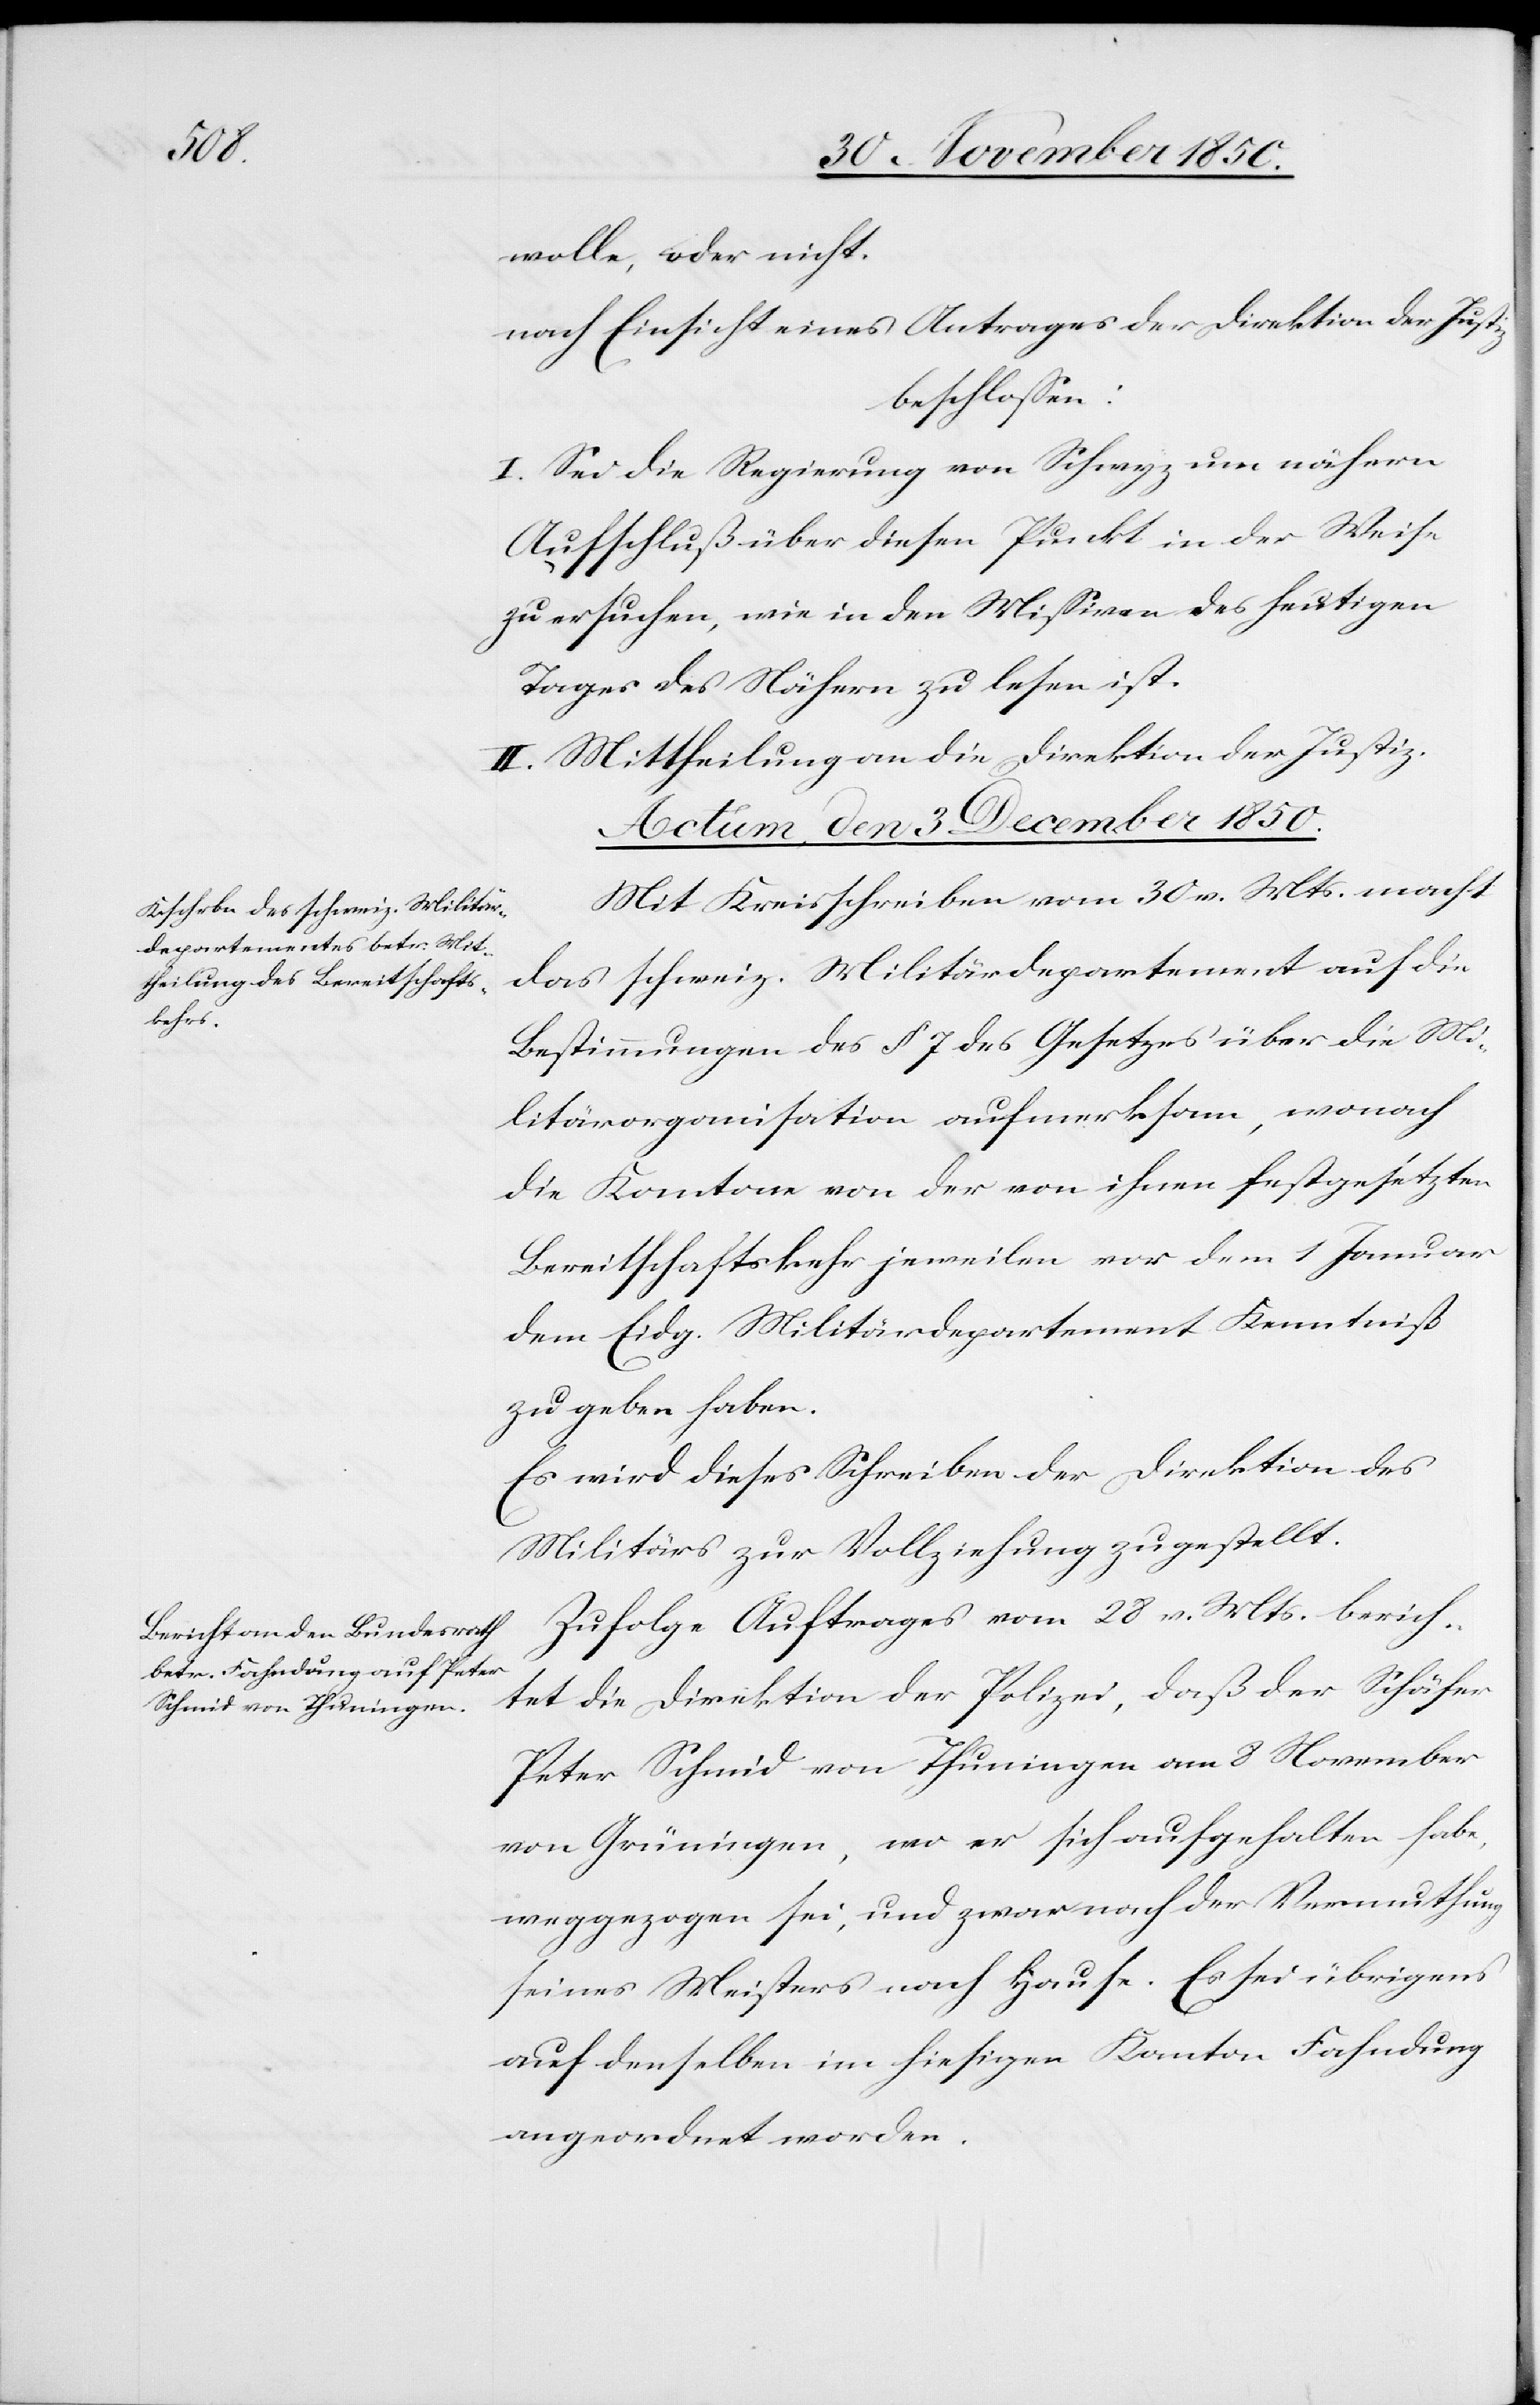
wolle, oder nicht.
nach Einsicht eines Antrages der Direktion der Justiz
beschlossen:
I. Sei die Regierung von Schwyz um nähern
Aufschluß über diesen Punkt in der Weise
zu ersuchen, wie in den Missiven des heutigen
Tages des Nähern zu lesen ist.
II. Mittheilung an die Direktion der Justiz.
Actum, den 3 December 1850.]
Mit Kreisschreiben vom 30 v. Mts. macht
das schweiz. Militärdepartement auf die
Bestimmungen des § 7 des Gesetzes über die Mi¬
litärorganisation aufmerksam, wonach
die Kantone von der von ihnen festgesetzten
Bereitschaftskehr jeweilen vor dem 1 Januar
dem Eidg. Militärdepartement Kenntniß
zu geben haben.
Es wird dieses Schreiben der Direktion des
Militärs zur Vollziehung zugestellt.
Zufolge Auftrages vom 28 v. Mts. berich¬
tet die Direktion der Polizei, daß der Schäfer
Peter Schmid von Thuningen am 8 November
von Grüningen, wo er sich aufgehalten habe,
weggezogen sei, und zwar nach der Vermuthung
seines Meisters nach Hause. Es sei übrigens
auf denselben im hiesigen Kanton Fahndung
angeordnet worden.